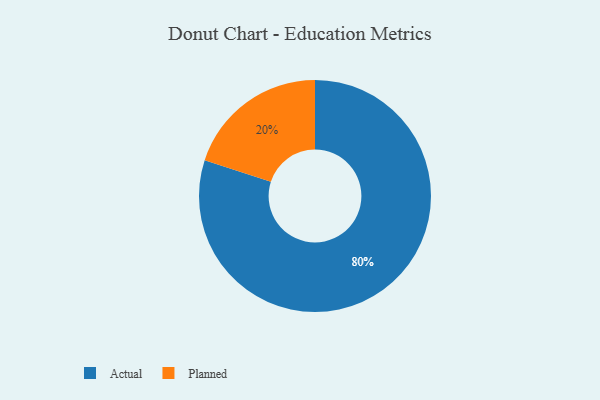
{"axis": {"x": "Category", "y": "Percentage"}, "legend": ["Actual", "Planned"], "data": [{"x": "Actual", "y": 80, "type": "Actual"}, {"x": "Planned", "y": 20, "type": "Planned"}]}